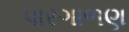
પારગાળણ